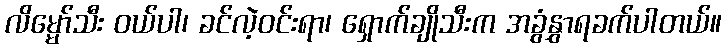
လိမ္မော်သီး ဝယ်ပါ၊ ခင်လဲ့ဝင်းရာ၊ ရှောက်ချိုသီးက အခွံနွှာရခက်ပါတယ်။